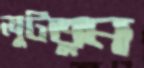
লুটতুম